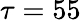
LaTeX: \tau=55